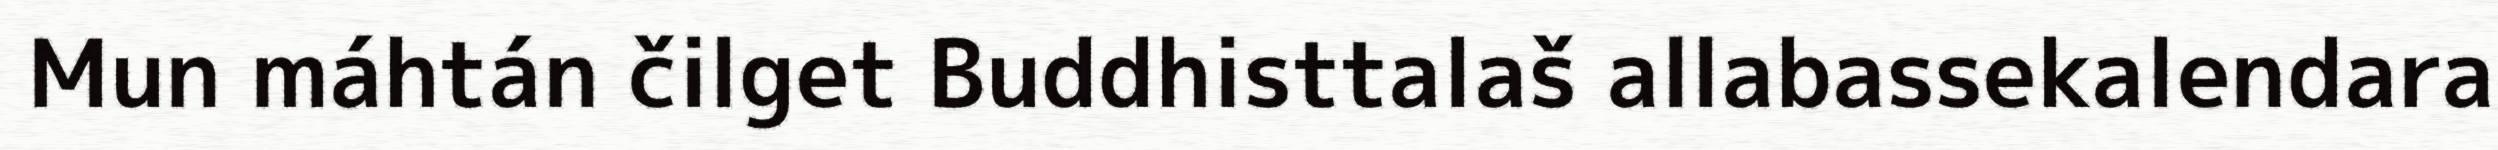
Mun máhtán čilget Buddhisttalaš allabassekalendara